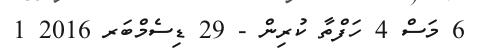
6 މަސް 4 ހަފްތާ ކުރިން - 29 ޑިސެމްބަރ 2016 1